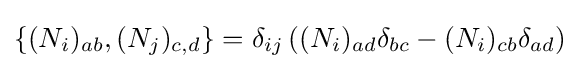
\{(N_{i})_{ab},(N_{j})_{c,d}\}=\delta _{ij}\left((N_{i})_{ad}\delta _{bc}-(N_{i})_{cb}\delta _{ad}\right)